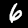
Label: 6